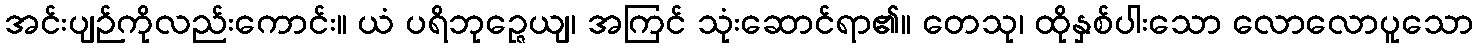
အင်းပျဉ်ကိုလည်းကောင်း။ ယံ ပရိဘုဉ္ဇေယျ၊ အကြင် သုံးဆောင်ရာ၏။ တေသု၊ ထိုနှစ်ပါးသော လောလောပူသော